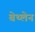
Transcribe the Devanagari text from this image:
बेथ्लेन